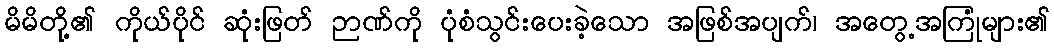
မိမိတို့၏ ကိုယ်ပိုင် ဆုံးဖြတ် ဉာဏ်ကို ပုံစံသွင်းပေးခဲ့သော အဖြစ်အပျက်၊ အတွေ့အကြုံများ၏